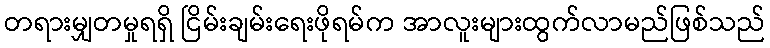
တရားမျှတမှုရရှိ ငြိမ်းချမ်းရေးဖိုရမ်က အာလူးများထွက်လာမည်ဖြစ်သည်